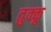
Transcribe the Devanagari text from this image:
तुक्कू